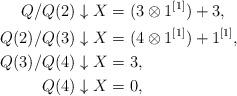
LaTeX: \begin{align*}Q/Q(2) \downarrow X &= (3 \otimes 1^{[1]}) + 3,\\Q(2)/Q(3) \downarrow X &= (4 \otimes 1^{[1]}) + 1^{[1]}, \\Q(3)/Q(4) \downarrow X &= 3, \\Q(4) \downarrow X &= 0,\end{align*}